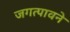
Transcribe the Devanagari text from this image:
जगत्पावने